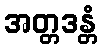
အတ္တဒန္တံ